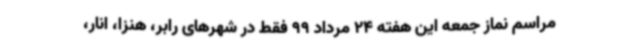
مراسم نماز جمعه این هفته 24 مرداد 99 فقط در شهرهای رابر، هنزا، انار،